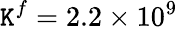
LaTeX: \mathtt{K}^{f}=2.2\times10^{9}